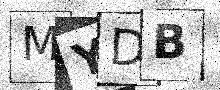
Text: MYDB